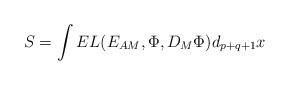
\begin{align*}S=\int E L({E_{AM}}, \Phi, { D _M\Phi}) d_{p+q+1} x \end{align*}